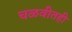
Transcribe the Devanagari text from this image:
चळवीतही